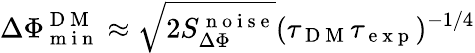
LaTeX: \Delta\Phi_{\mathrm{~m~i~n~}}^{\mathrm{~D~M~}}\approx\sqrt{2S_{\Delta\Phi}^{\mathrm{~n~o~i~s~e~}}}(\tau_{\mathrm{~D~M~}}\tau_{\mathrm{~e~x~p~}})^{-1/4}